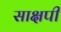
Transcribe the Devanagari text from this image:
साक्षपी